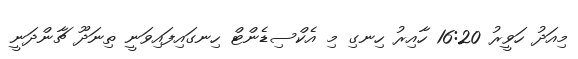
މިއަދު ހަވީރު 16:20 ހާއިރު ހިނގި މި އެކްސިޑެންޓް ހިނގައިފައިވަނީ ތިނަދޫ ޗާންދަނީ